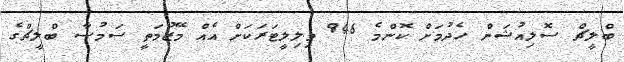
ބްލީޗް ސޮލިއުޝަން ހެދުމަށް ކޮންމެ 946 މިލިލީޓަރަކަށް އެއް މޭޒުމަތީ ސަމުސާ ބްލީޗްގެ